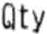
QTY